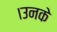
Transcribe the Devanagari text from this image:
।उनके